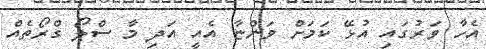
އެހާ ވަރުގައި އުޅޭ ކަމަށް ވަންޏާ އެއީ އަދި މާ ސްލޯ ގްރޯތެއް